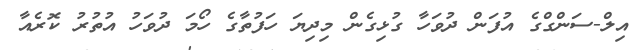
އިލް-ސަންގްގެ އުފަން ދުވަހާ ގުޅިގެން މިދިޔަ ހަފުތާގެ ހޯމަ ދުވަހު އުތުރު ކޮރެއާ